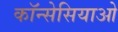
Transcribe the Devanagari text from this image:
कॉन्सेसियाओ